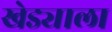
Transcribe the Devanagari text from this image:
खेड्याला